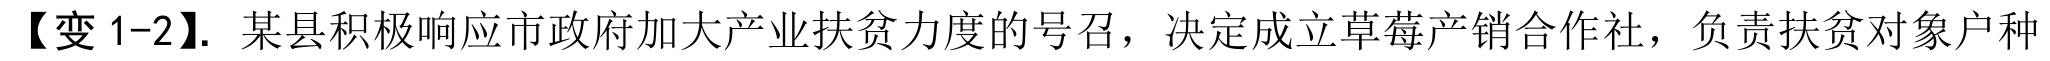
【变1-2】. 某县积极响应市政府加大产业扶贫力度的号召，决定成立草莓产销合作社，负责扶贫对象户种